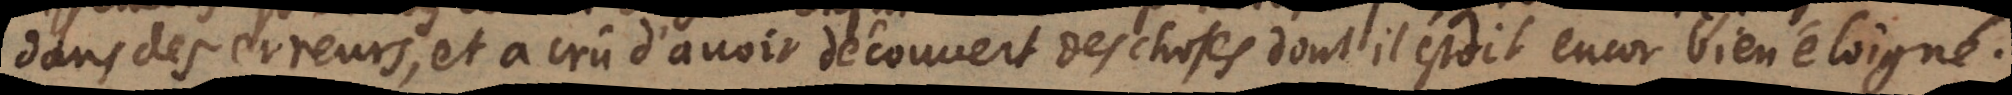
dans des erreurs, et a crû d’avoir découvert des choses dont il estoit encor bien éloigné.